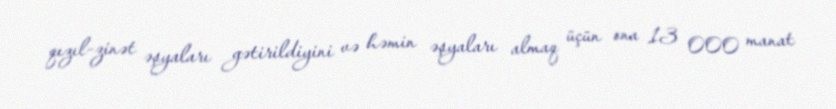
qızıl-zinət əşyaları gətirildiyini və həmin əşyaları almaq üçün ona 13 000 manat